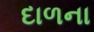
દાળના